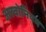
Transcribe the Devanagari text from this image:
अरबोनियम